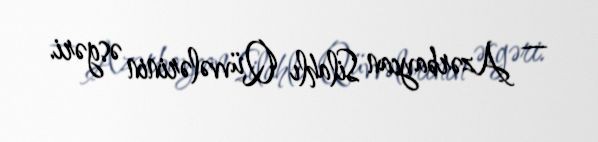
— Azərbaycan Silahlı Qüvvələrinin əsgəri.